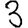
Digit: 3